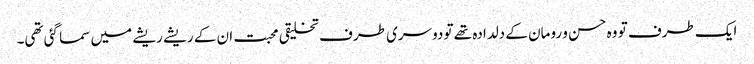
ایک طرف تو وہ حسن و رومان کے دلدادہ تھے تو دوسری طرف تخلیقی محبت ان کے ریشے ریشے میں سما گئی تھی۔